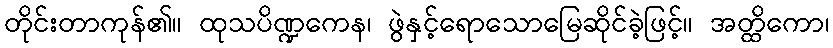
တိုင်းတာကုန်၏။ ထုသပိဏ္ဍကေန၊ ဖွဲနှင့်ရောသောမြေဆိုင်ခဲ့ဖြင့်။ အတ္ထိကော၊